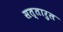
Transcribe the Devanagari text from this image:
सत्तारुल